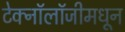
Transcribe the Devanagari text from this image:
टेक्‍नॉलॉजीमधून